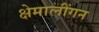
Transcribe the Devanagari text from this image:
क्षेमालींगन